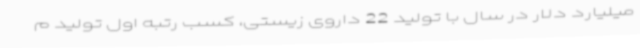
میلیارد دلار در سال با تولید 22 داروی زیستی، کسب رتبه اول تولید م